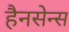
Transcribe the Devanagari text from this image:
हैनसेन्स